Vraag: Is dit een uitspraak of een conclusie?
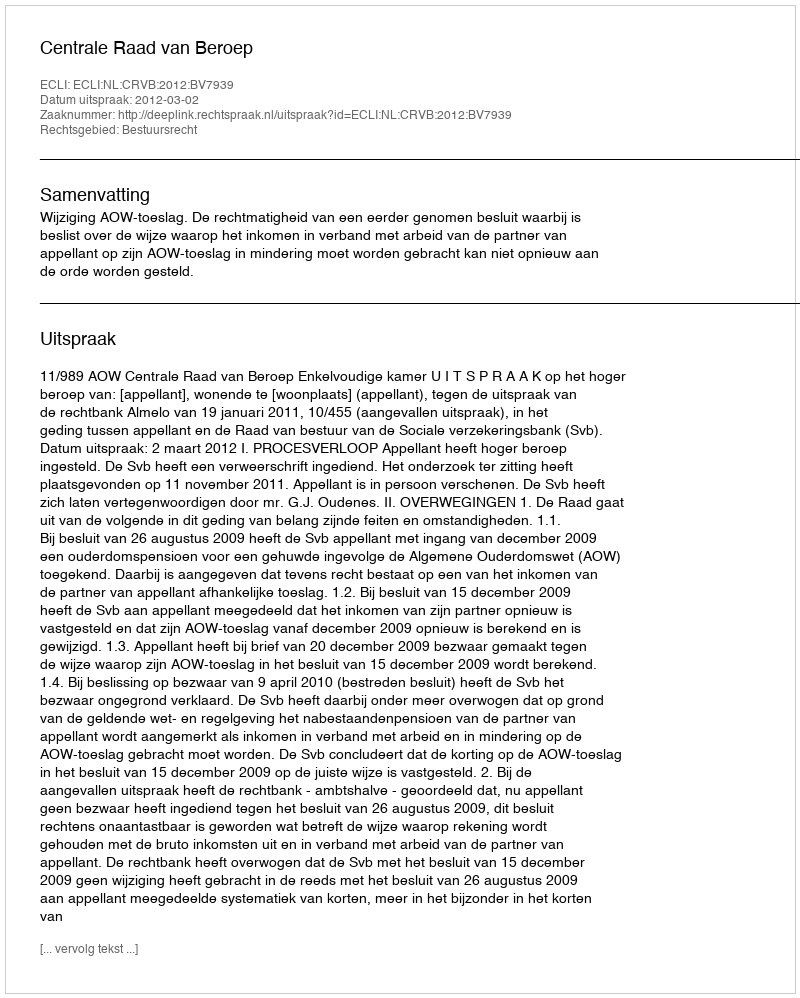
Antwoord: Uitspraak